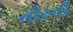
નીરની